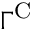
\Gamma ^ { \mathrm { C } }